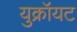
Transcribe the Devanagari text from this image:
युक्रॉयट